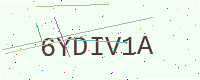
Text: 6YDIV1A